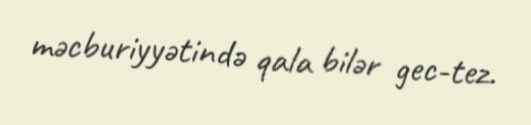
məcburiyyətində qala bilər gec-tez.